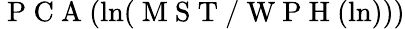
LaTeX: \mathrm{~P~C~A~}(\ln(\mathrm{~M~S~T~/~W~P~H~}(\ln)))